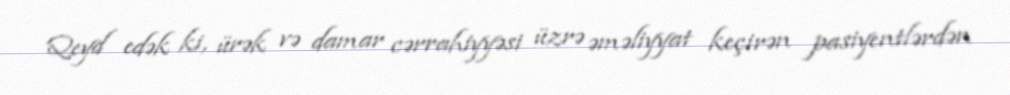
Qeyd edək ki, ürək və damar cərrahiyyəsi üzrə əməliyyat keçirən pasiyentlərdən